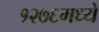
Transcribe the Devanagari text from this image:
१२७६मध्ये